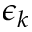
\epsilon _ { k }